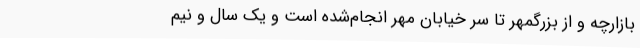
بازارچه و از بزرگمهر تا سر خیابان مهر انجام‌شده است و یک سال و نیم